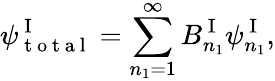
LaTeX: \psi_{\mathrm{~t~o~t~a~l~}}^{\mathrm{~I~}}=\sum_{n_{1}=1}^{\infty}B_{n_{1}}^{\mathrm{~I~}}\psi_{n_{1}}^{\mathrm{~I~}},